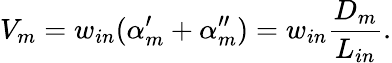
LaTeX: V_{m}=w_{in}(\alpha_{m}^{\prime}+\alpha_{m}^{\prime\prime})=w_{in}\frac{D_{m}}{L_{in}}.